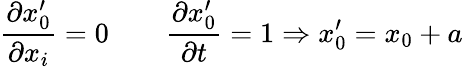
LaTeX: {\frac{\partial x_{0}^{\prime}}{\partial x_{i}}}=0\qquad{\frac{\partial x_{0}^{\prime}}{\partial t}}=1\Rightarrow x_{0}^{\prime}=x_{0}+a